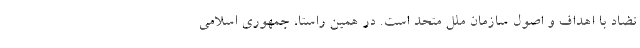
تضاد با اهداف و اصول سازمان ملل متحد است. در همین راستا، جمهوری اسلامی